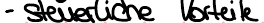
- steuerliche Vorteile